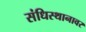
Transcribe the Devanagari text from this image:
संधिस्थानावर